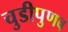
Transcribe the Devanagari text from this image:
चुडीपुणव